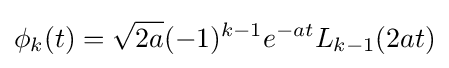
\phi _{k}(t)={\sqrt {2a}}(-1)^{k-1}e^{-at}L_{k-1}(2at)